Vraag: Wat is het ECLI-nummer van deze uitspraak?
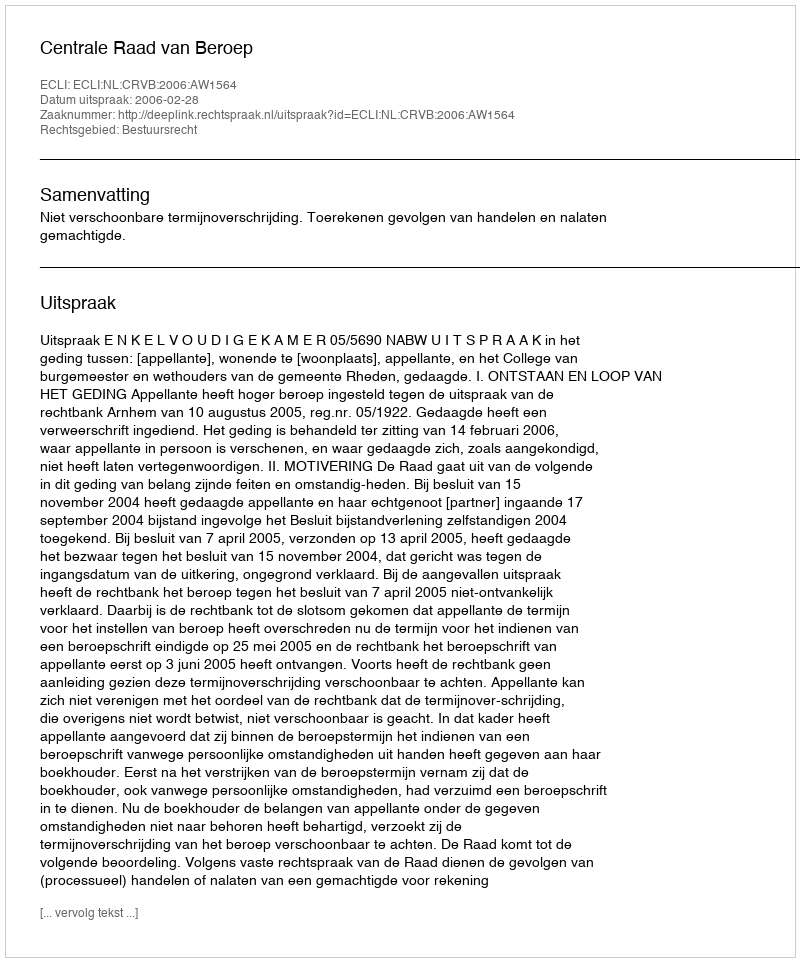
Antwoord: ECLI:NL:CRVB:2006:AW1564